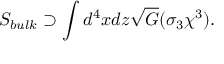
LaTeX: S _ { b u l k } \supset \int d ^ { 4 } x d z \sqrt { G } ( \sigma _ { 3 } \chi ^ { 3 } ) .